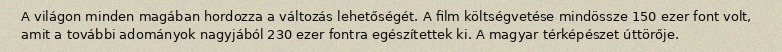
A világon minden magában hordozza a változás lehetőségét. A film költségvetése mindössze 150 ezer font volt, amit a további adományok nagyjából 230 ezer fontra egészítettek ki. A magyar térképészet úttörője.